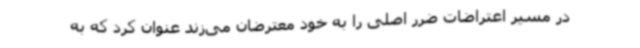
در مسیر اعتراضات ضرر اصلی را به خود معترضان می‌زند عنوان کرد که به